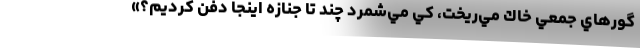
گورهاي جمعي خاك مي‌ريخت، كي مي‌شمرد چند تا جنازه اينجا دفن كرديم؟»